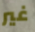
غير